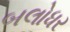
બલોધર